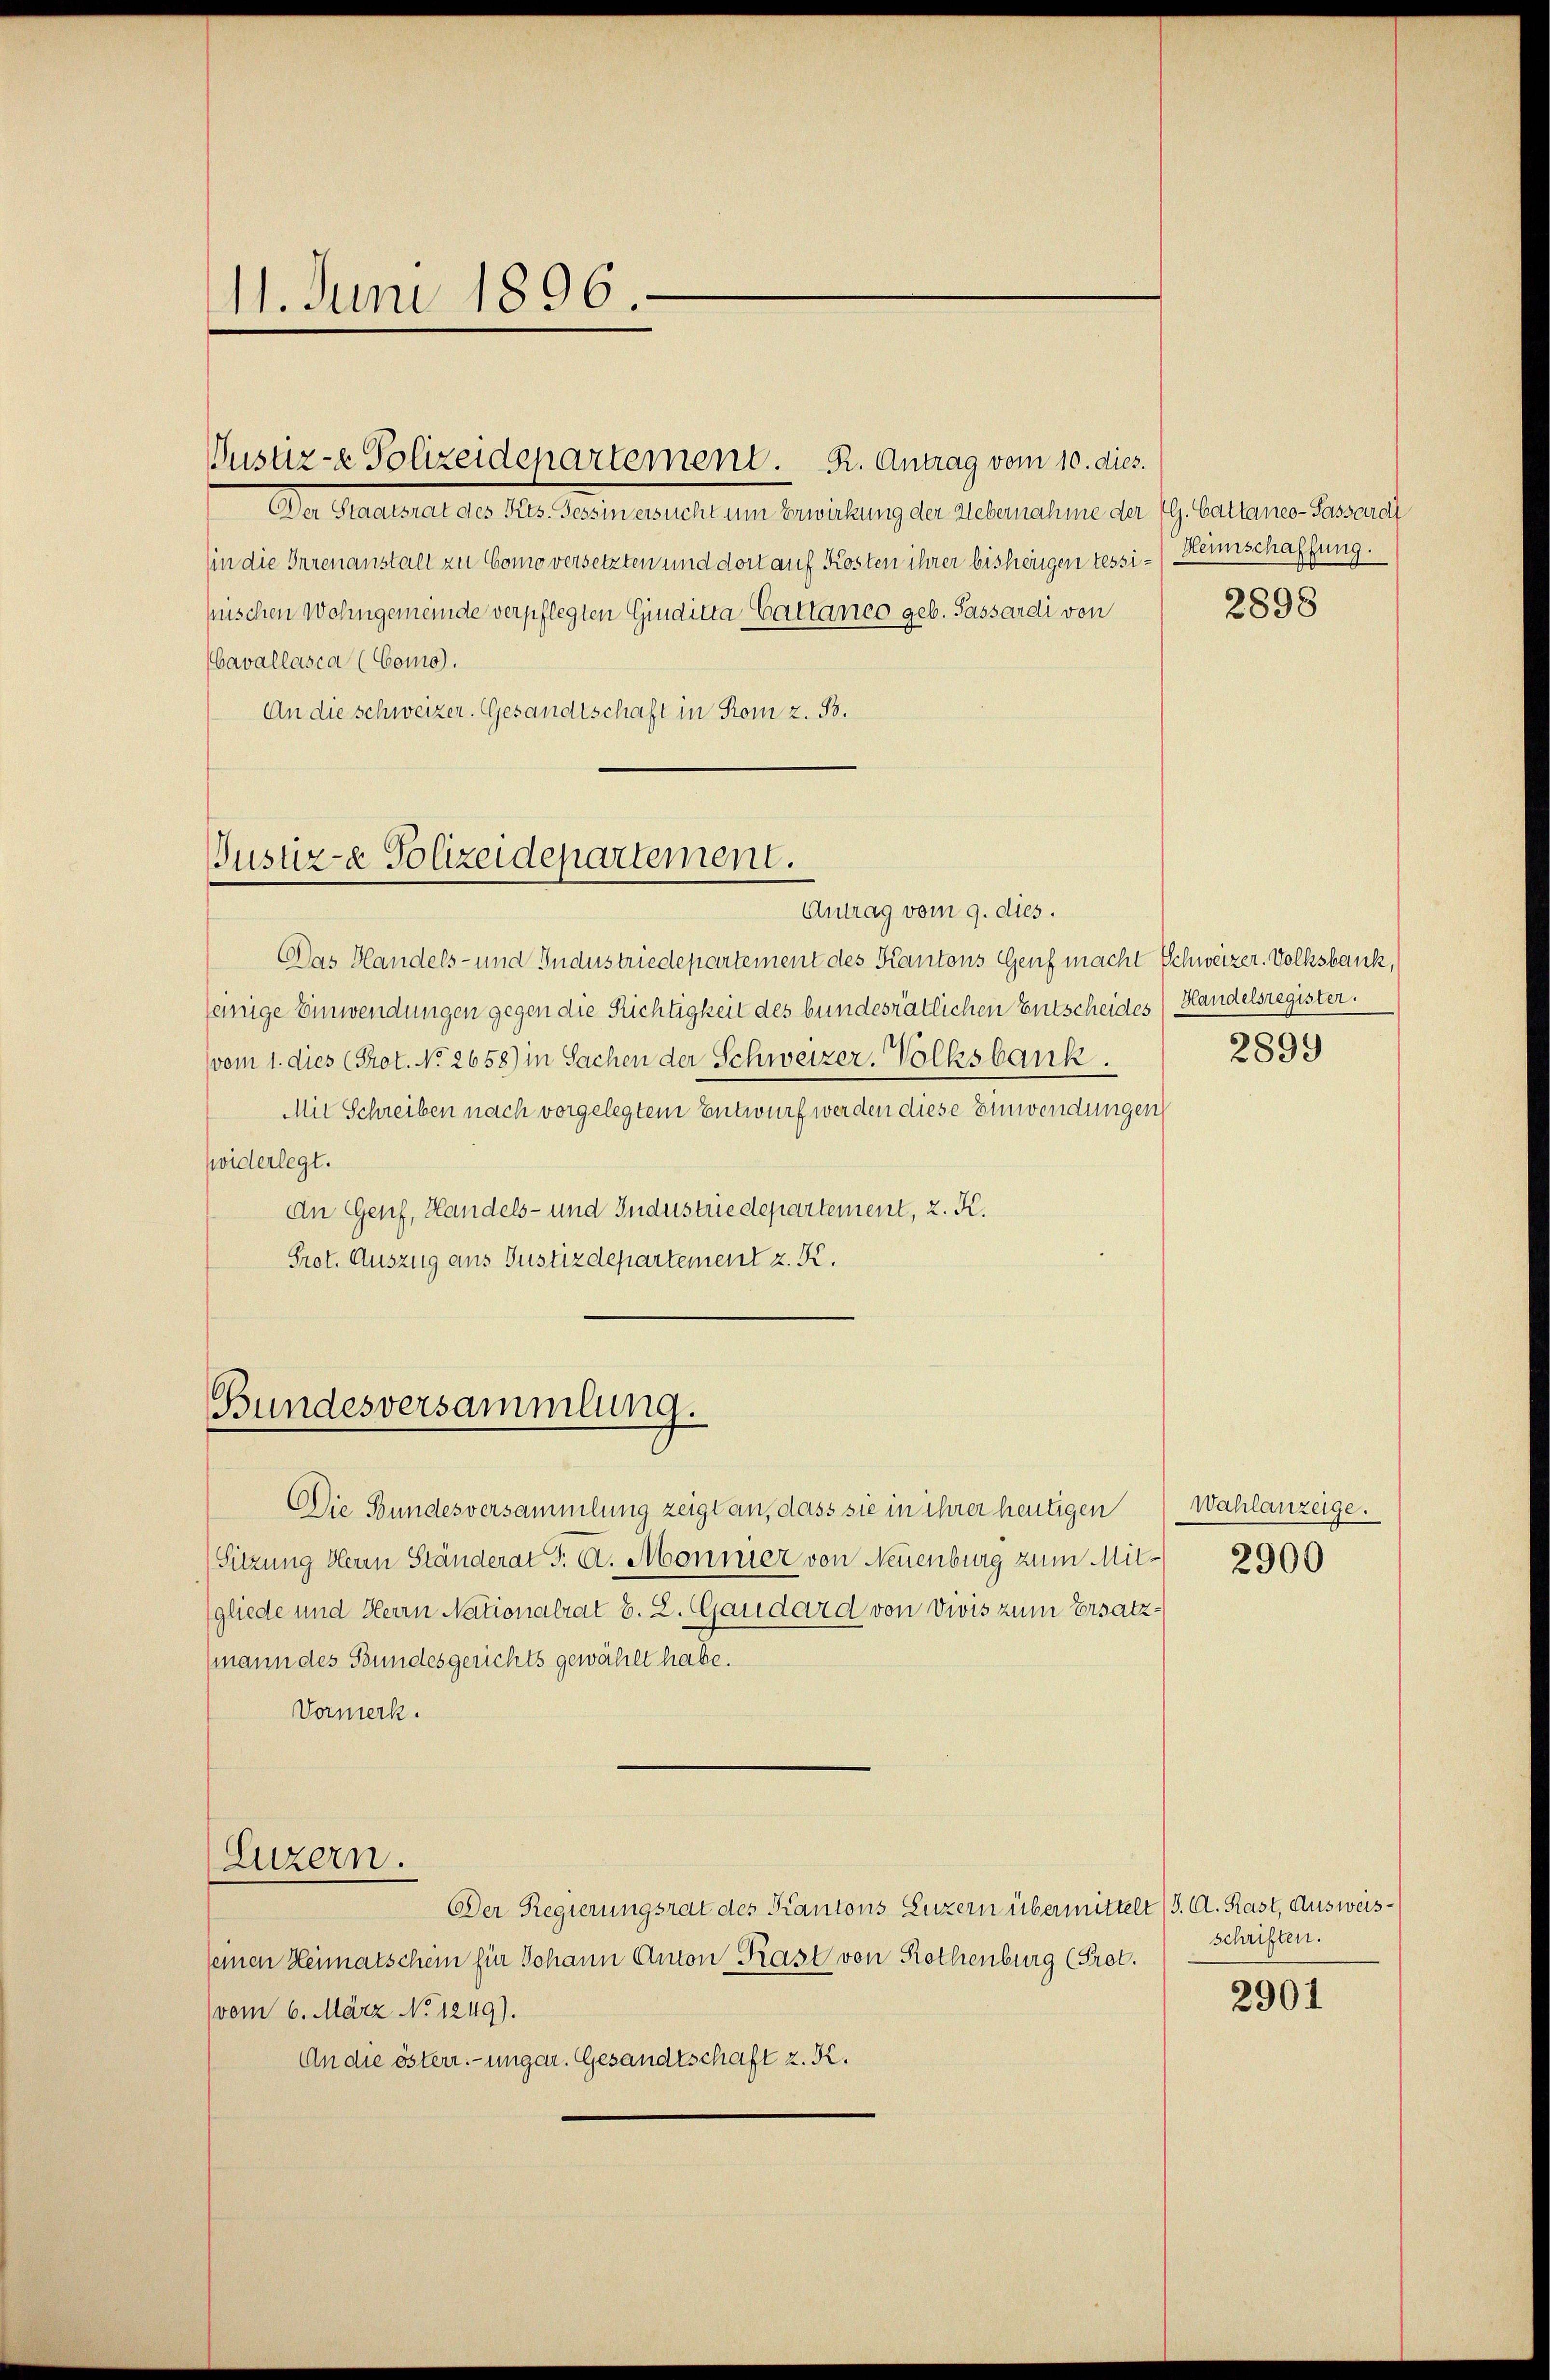
Justiz-e Polizeidepartement. K. Antrag vom 10. dies.
An Gestellt de 10. Seiter est ein Berichtung der vermanne ehe Ich heutenantenrech
(in die Irrenanstalt zu Como versetzten und dort auf Kosten ihrer bisherigen tessi-Heimschaffung.
pischen Wohngemeinde verpflegten Gindicta Cattaneo geb. Passardi von
bavallasca (Como).
An die schweizer. Gesandtschaft in Rom z. B.

11. Juni 1896.

Justiz-a Polizeidepartement.
Antrag vom 9. dies.

Bundesversammlung.

Das Handels- und Industriedepartement des Kantons Genf macht Schweizer. Volksbank,
seinige Einwendungen gegen die Richtigkeit des bundesrätlichen Entscheides
(vom 1. dies (Prot. No. 2658) in Sachen der Schweizer. Volksbank.
Mit Schreiben nach vorgelegtem Entwurf werden diese Einwendungen
widerlegt.
An Genf, Handels- und Industriedepartement, z. K.
Prot. Auszug aus Justizdepartement z. K.

Die Bundesversammlung zeigt an, dass sie in ihrer heutigen
Sitzung Herrn Ständerat J. A. Monner von Neuenburg zum Mitgliede und Herrn Nationalrat B. L. Gaudard von Divis zum Ersatzmann des Bundesgerichts gewählt habe.
Vormerk.
Luzern.
Der Regierungsrat des Kantons Luzern übermittelt (3. A. Rast, Ausweis
seinen Heimatschein für Johann Anton Kast von Rothenburg (Prot.
vom 6. März No 1249).
An die österr.-ungar. Gesandtschaft z. K.

2898

Handelsregister.
2899

Wahlanzeige.
2900

schriften.

2901